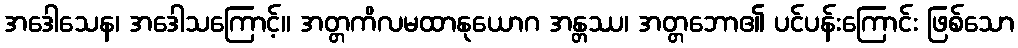
အဒေါသေန၊ အဒေါသကြောင့်။ အတ္တကိလမထာနုယောဂ အန္တဿ၊ အတ္တဘော၏ ပင်ပန်းကြောင်း ဖြစ်သော